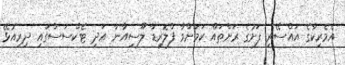
އެމެރިކާގެ އައްސޭރި ފަށުގެ ރަށްތައް ކަމަށްވާ ފްލޮރިޑާ ލޫސިއާނާ އަދި ޓެކްސަސްގައި ދިރިއުޅޭ